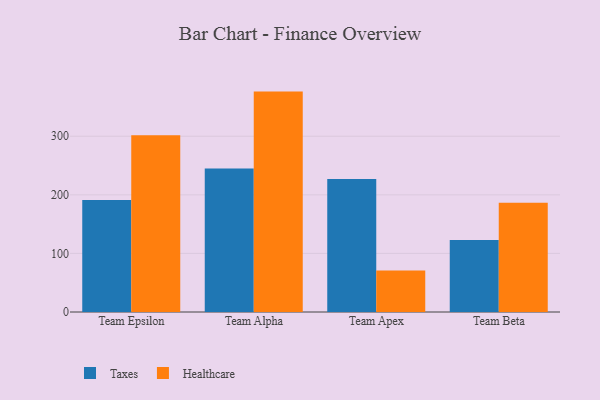
{"axis": {"x": "Team", "y": "Humidity (%)"}, "legend": ["Healthcare", "Taxes"], "data": [{"x": "Team Epsilon", "y": 191.1, "type": "Taxes"}, {"x": "Team Epsilon", "y": 301.9, "type": "Healthcare"}, {"x": "Team Alpha", "y": 245.1, "type": "Taxes"}, {"x": "Team Alpha", "y": 376.2, "type": "Healthcare"}, {"x": "Team Apex", "y": 227.2, "type": "Taxes"}, {"x": "Team Apex", "y": 70.7, "type": "Healthcare"}, {"x": "Team Beta", "y": 123.1, "type": "Taxes"}, {"x": "Team Beta", "y": 186.4, "type": "Healthcare"}]}